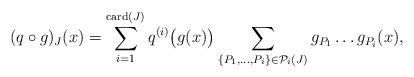
LaTeX: \begin{align*}(q \circ g)_J(x) = \sum_{i=1}^{\mathrm{card}(J)} q^{(i)}\bigl(g(x)\bigr)\sum_{\{P_1,\ldots,P_i\} \in \mathcal{P}_i(J)} g_{P_1}\ldots g_{P_i}(x),\end{align*}